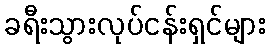
ခရီးသွားလုပ်ငန်းရှင်များ